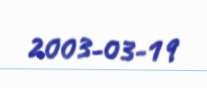
2003-03-19